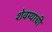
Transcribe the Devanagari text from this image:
शेवग्याची